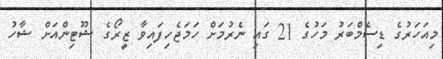
މިއަހަރުގެ ޑިސެމްބަރު މަހުގެ 21 ގައި ނެރުމަށް ހަމަޖެހިފައިވާ ޒީރޯގެ ޝޫޓިންއަށް ޝާހު